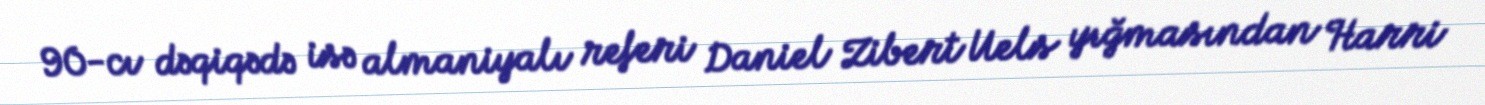
90-cı dəqiqədə isə almaniyalı referi Daniel Zibert Uels yığmasından Harri